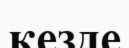
кезде